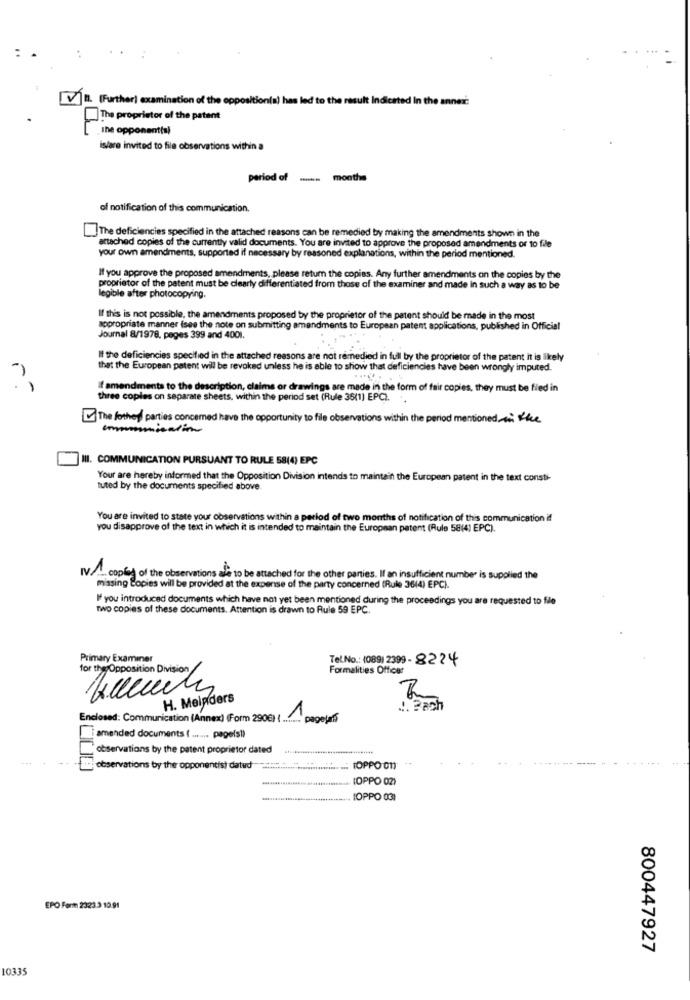
VI. (Further) examination of the opposition(s) has led to the result Indicated in the annex:
The proprietor of the patent
The opponent(s)
is/are invited to file observations within a
period of -
months
of notification of this communication.
The deficiencies specified in the attached reasons can be remedied by making the amendments shown in the
attached copies of the currently valid documents. You are invited to approve the proposed amendments or to file
your own amendments, supported if necessary by reasoned explanations, within the period mentioned.
If you approve the proposed amendments, please return the copies. Any further amendments on the copies by the
proprietor of the patent must be clearly differentiated from those of the examiner and made in such a way as to be
legible after photocopying.
If this is not possible, the amendments proposed by the proprietor of the patent should be made in the most
appropriate manner (see the note on submitting amendments to European patent applications, published in Official
Journal 8/1978, peges 399 and 4001.
If the deficiencies specified in the attached reasons are not remedied in full by the proprietor of the patent it is likely
that the European patent will be revoked unless he is able to show that deficiencies have been wrongly imputed.
If amendments to the description, claims or drawings are made in the form of fair copies, they must be filed in
three coples on separate sheets, within the period set (Rule 35(1) EPC).
~ The fother parties concerned have the opportunity to file observations within the period mentioned on the
communication
III. COMMUNICATION PURSUANT TO RULE 58(4) EPC
Your are hereby informed that the Opposition Division intends to maintain the European patent in the text consti-
tuted by the documents specified above
You are invited to state your observations within a period of two months of notification of this communication if
you disapprove of the text in which it is intended to maintain the European patent (Rule 58(4) EPC).
IV.1. copies of the observations are to be attached for the other parties. If an insufficient number is supplied the
missing Copies will be provided at the expense of the party concerned (Rule 36(4) EPC).
If you introduced documents which have not yet been mentioned during the proceedings you are requested to file
two copies of these documents. Attention is drawn to Rule 59 EPC.
Primary Examiner
Tel.No .: (089) 2399- 8224
Formalities Officer
for the Opposition Division
H. Meinders
J. Pach
Enclosed: Communication (Annex) (Form 2906) ( ....... pagejans
iamended documents ( ....... pageis!)
observations by the patent proprietor dated
observations by the opponentist datud
TOPPO O11
OPPO 02)
IOPPO 031
EPO Forme 2323.3 10.91
800447927
10335